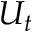
U _ { t }